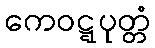
ကေဝဋ္ဋပုတ္တံ